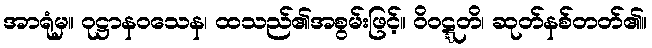
အာရုံမှ။ ဝုဋ္ဌာနဝသေန၊ ထသည်၏အစွမ်းဖြင့်။ ဝိဝဋ္ဋတိ၊ ဆုတ်နစ်တတ်၏။